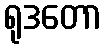
ရုဒတော